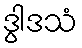
ဒွါဒသံ